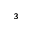
\AA ^ { 3 }